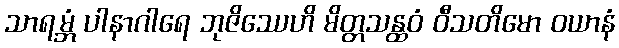
သာရမ္ဘံ ပါနာဂါရေ ဘုဇိဿေဟိ မိတ္တသန္ထဝံ ဝီသတိမော ဝယာနံ